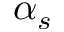
\alpha _ { s }